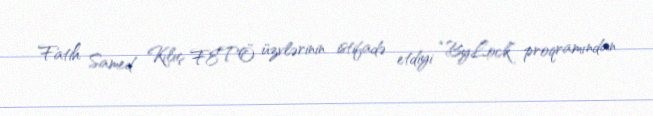
Fatih Samed Kılıç FETÖ üzvlərinin istifadə etdiyi “ByLock” proqramından